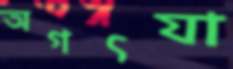
অগৎযা